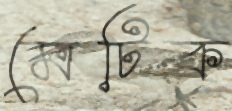
মেটিক